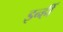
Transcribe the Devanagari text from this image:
इन्हीँ